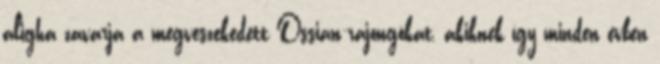
aligha zavarja a megveszekedett Ossian-rajongókat, akiknek így minden évben